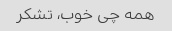
همه چی خوب، تشکر